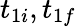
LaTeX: t_{1i},t_{1f}